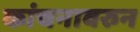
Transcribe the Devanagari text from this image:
कांचनावरुन